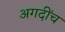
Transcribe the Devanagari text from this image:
अगदींच